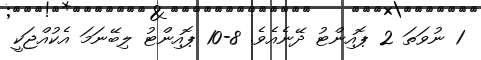
1 ނުވަތަ 2 ޕޮއިންޓު ދޭނެއެވެ. 8-10 ޕޮއިންޓު ލިބޭނަމަ އެކުއްޖަކީ